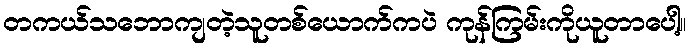
တကယ်သဘောကျတဲ့သူတစ်ယောက်ကပဲ ကုန်ကြမ်းကိုယူတာပေါ့။